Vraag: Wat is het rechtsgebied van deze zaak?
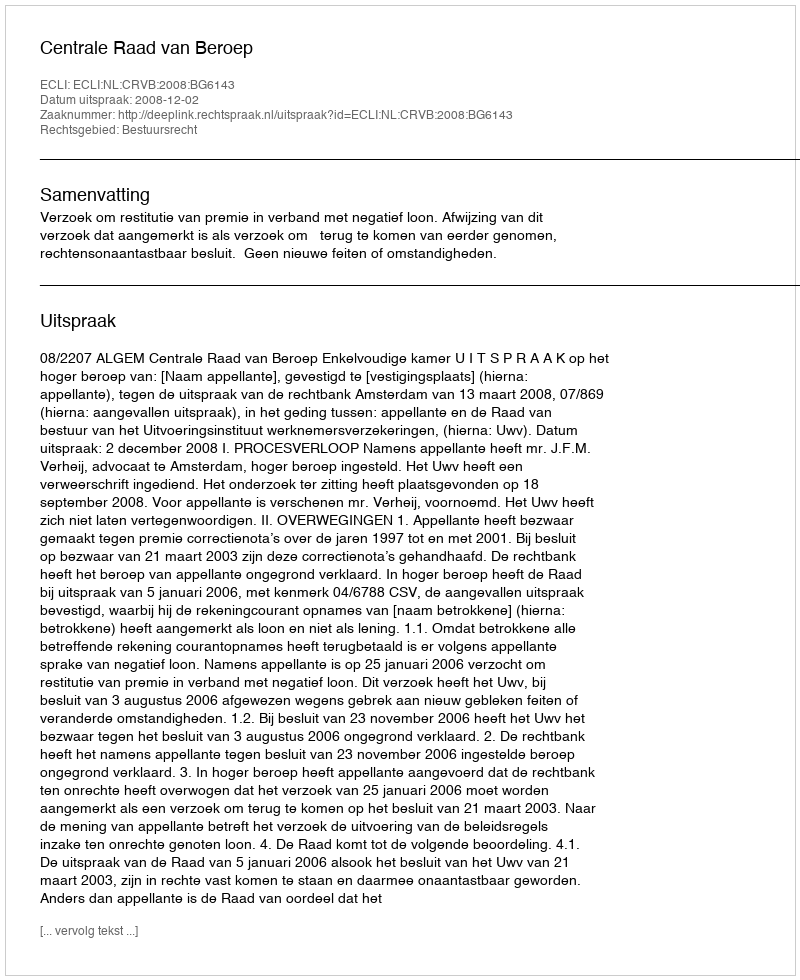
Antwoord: Bestuursrecht